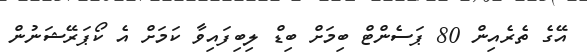
އޭގެ ތެރެއިން 80 ޕަސެންޓް ބިމަށް ބިޑް ލިބިފައިވާ ކަމަށް އެ ކޯޕަރޭޝަނުން